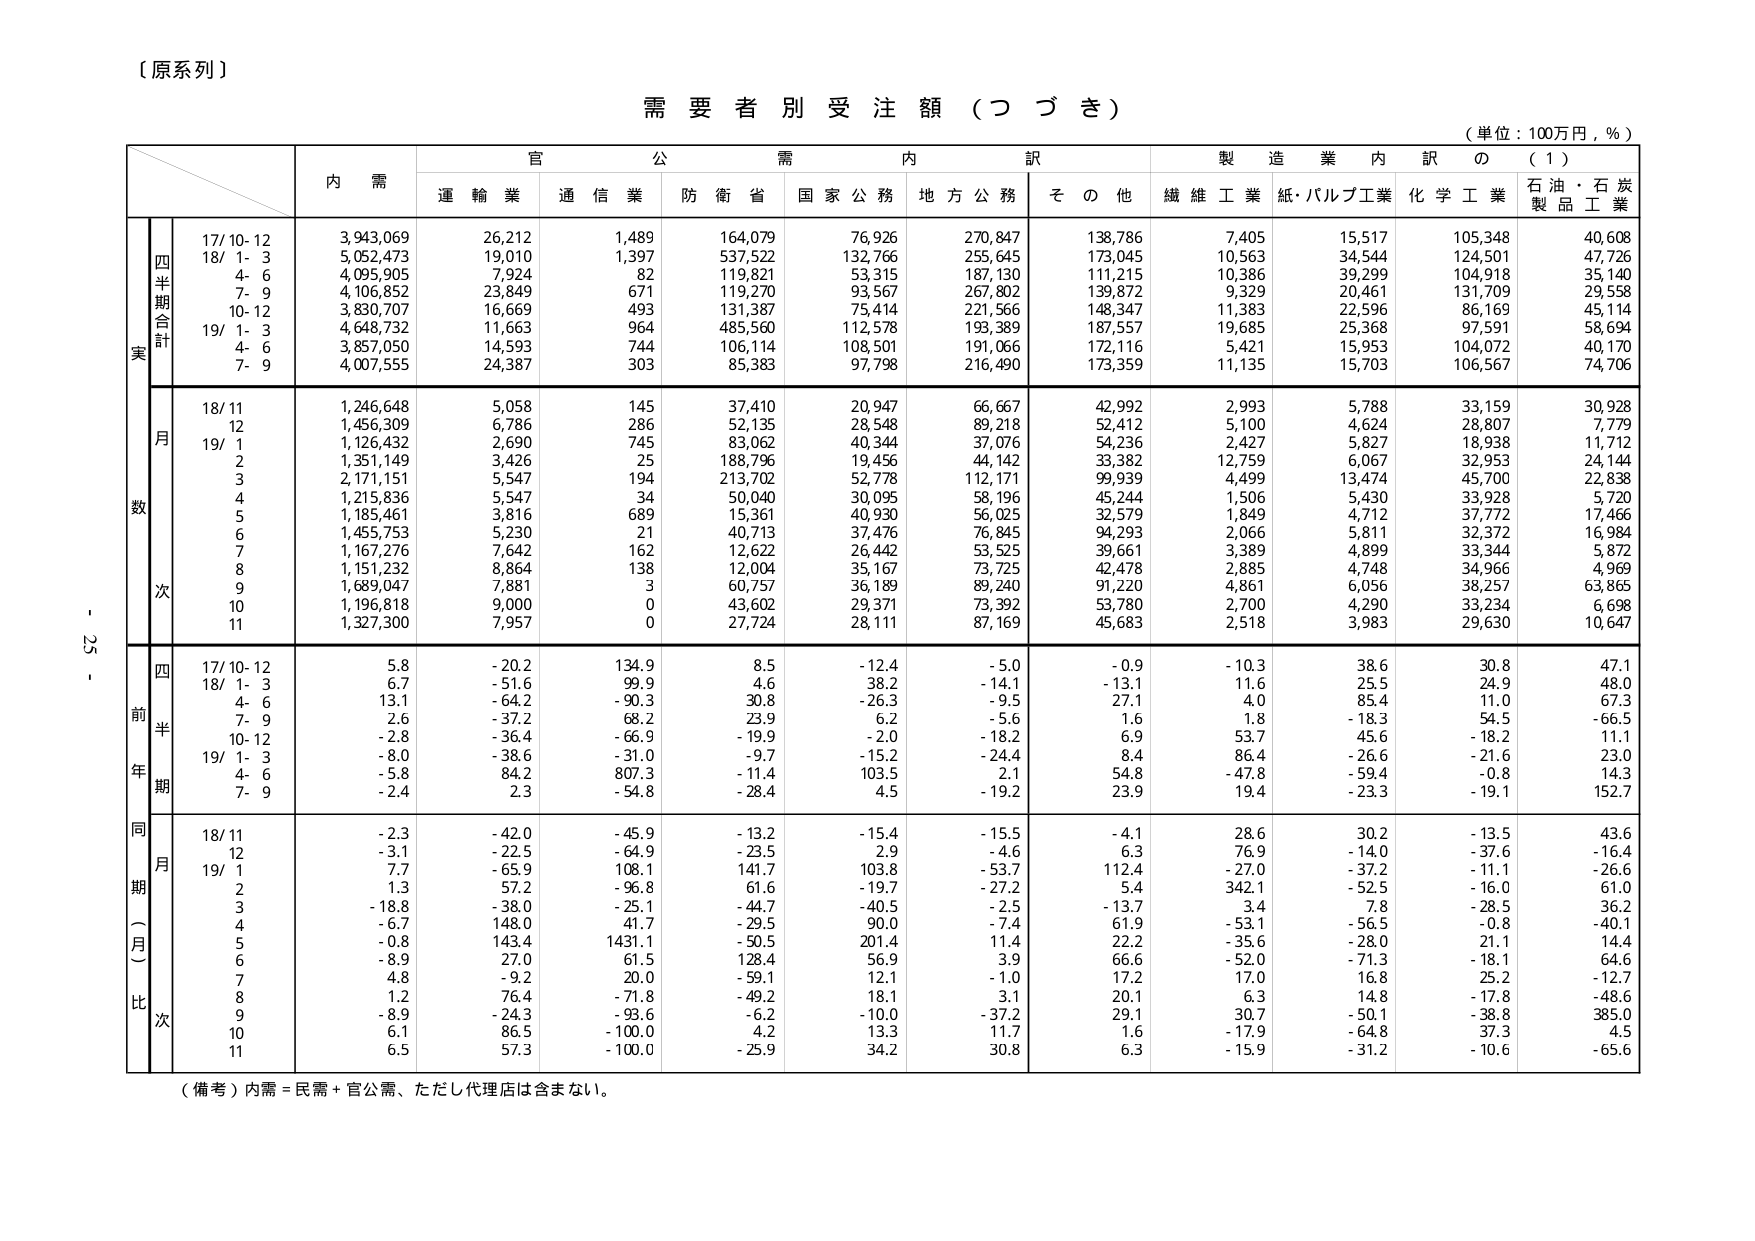
【原系列】

需要者別受注額（つづき）

（単位：100万円，％）

内需 官公需内訳 製造業内訳の（1）
運輸業 通信業 防衛省 国家公務 地方公務 その他 繊維工業 紙・パルプ工業 化学工業 石油・石炭製品工業

四半期合計
実
17/10-12 3,943,069 26,212 1,489 164,079 76,926 270,847 138,786 7,405 15,517 105,348 40,608
18/1-3 5,052,473 19,010 1,397 537,522 132,766 255,645 173,045 10,563 34,544 124,501 47,726
4-6 4,095,905 7,924 82 119,821 53,315 187,130 111,215 10,386 39,299 104,918 35,140
7-9 4,106,852 23,849 671 119,270 93,567 267,802 139,872 9,329 20,461 131,709 29,558
10-12 3,830,707 16,669 493 131,387 75,414 221,566 148,347 11,383 22,596 86,169 45,114
19/1-3 4,648,732 11,663 964 485,560 112,578 193,389 187,557 19,685 25,368 97,591 58,694
4-6 3,857,050 14,593 744 106,114 108,501 191,066 172,116 5,421 15,953 104,072 40,170
7-9 4,007,555 24,387 303 85,383 97,798 216,490 173,359 11,135 15,703 106,567 74,706

月数
18/11 1,246,648 5,058 145 37,410 20,947 66,667 42,992 2,993 5,788 33,159 30,928
12 1,456,309 6,786 286 52,135 28,548 89,218 52,412 5,100 4,624 28,807 7,779
19/1 1,126,432 2,690 745 83,062 40,344 37,076 54,236 2,427 5,827 18,938 11,712
2 1,351,149 3,426 25 188,796 19,456 44,142 33,382 12,759 6,067 32,953 24,144
3 2,171,151 5,547 194 213,702 52,778 112,171 99,939 4,499 13,474 45,700 22,838
4 1,215,836 5,547 34 50,040 30,095 58,196 45,244 1,506 5,430 33,928 5,720
5 1,185,461 3,816 689 15,361 40,930 56,025 32,579 1,849 4,712 37,772 17,466
6 1,455,753 5,230 21 40,713 37,476 76,845 94,293 2,066 5,811 32,372 16,984
7 1,167,276 7,642 162 12,622 26,442 53,525 39,661 3,389 4,899 33,344 5,872
8 1,151,232 8,864 138 12,004 35,167 73,725 42,478 2,885 4,748 34,966 4,969
9 1,689,047 7,881 3 60,757 36,189 89,240 91,220 4,861 6,056 38,257 63,865
10 1,196,818 9,000 0 43,602 29,371 73,392 53,780 2,700 4,290 33,234 6,698
11 1,327,300 7,957 0 27,724 28,111 87,169 45,683 2,518 3,983 29,630 10,647

四前年期
17/10-12 5.8 -20.2 134.9 8.5 -12.4 -5.0 -0.9 -10.3 38.6 30.8 47.1
18/1-3 6.7 -51.6 99.9 4.6 38.2 -14.1 -13.1 11.6 25.5 24.9 48.0
4-6 13.1 -64.2 -90.3 30.8 -26.3 -9.5 27.1 4.0 85.4 11.0 67.3
7-9 2.6 -37.2 68.2 23.9 6.2 -5.6 1.6 1.8 -18.3 54.5 -66.5
10-12 -2.8 -36.4 -66.9 -19.9 -2.0 -18.2 6.9 53.7 45.6 -18.2 11.1
19/1-3 -8.0 -38.6 -31.0 -9.7 -15.2 -24.4 8.4 86.4 -26.6 -21.6 23.0
4-6 -5.8 84.2 807.3 -11.4 103.5 2.1 54.8 -47.8 -59.4 -0.8 14.3
7-9 -2.4 2.3 -54.8 -28.4 4.5 -19.2 23.9 19.4 -23.3 -19.1 152.7

同期（一月）比次
18/11 -2.3 -42.0 -45.9 -13.2 -15.4 -15.5 -4.1 28.6 30.2 -13.5 43.6
12 -3.1 -22.5 -64.9 -23.5 2.9 -4.6 6.3 76.9 -14.0 -37.6 -16.4
19/1 7.7 -65.9 108.1 141.7 103.8 -53.7 112.4 -27.0 -37.2 -11.1 -26.6
2 1.3 57.2 -96.8 61.6 -19.7 -27.2 5.4 342.1 -52.5 -16.0 61.0
3 -18.8 -38.0 -25.1 -44.7 -40.5 -2.5 -13.7 3.4 7.8 -28.5 36.2
4 -6.7 148.0 41.7 -29.5 90.0 -7.4 61.9 -53.1 -56.5 -0.8 -40.1
5 -0.8 143.4 1431.1 -50.5 201.4 11.4 22.2 -35.6 -28.0 21.1 14.4
6 -8.9 27.0 61.5 128.4 56.9 3.9 66.6 -52.0 -71.3 -18.1 64.6
7 4.8 -9.2 20.0 -59.1 12.1 -1.0 17.2 17.0 16.8 25.2 -12.7
8 1.2 76.4 -71.8 -49.2 18.1 3.1 20.1 6.3 14.8 -17.8 -48.6
9 -8.9 -24.3 -93.6 -6.2 -10.0 -37.2 29.1 30.7 -50.1 -38.8 385.0
10 6.1 86.5 -100.0 4.2 13.3 11.7 1.6 -17.9 -64.8 37.3 4.5
11 6.5 57.3 -100.0 -25.9 34.2 30.8 6.3 -15.9 -31.2 -10.6 -65.6

（備考）内需＝民需＋官公需、ただし代理店は含まない。